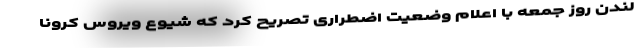
لندن روز جمعه با اعلام وضعیت اضطراری تصریح کرد که شیوع ویروس کرونا